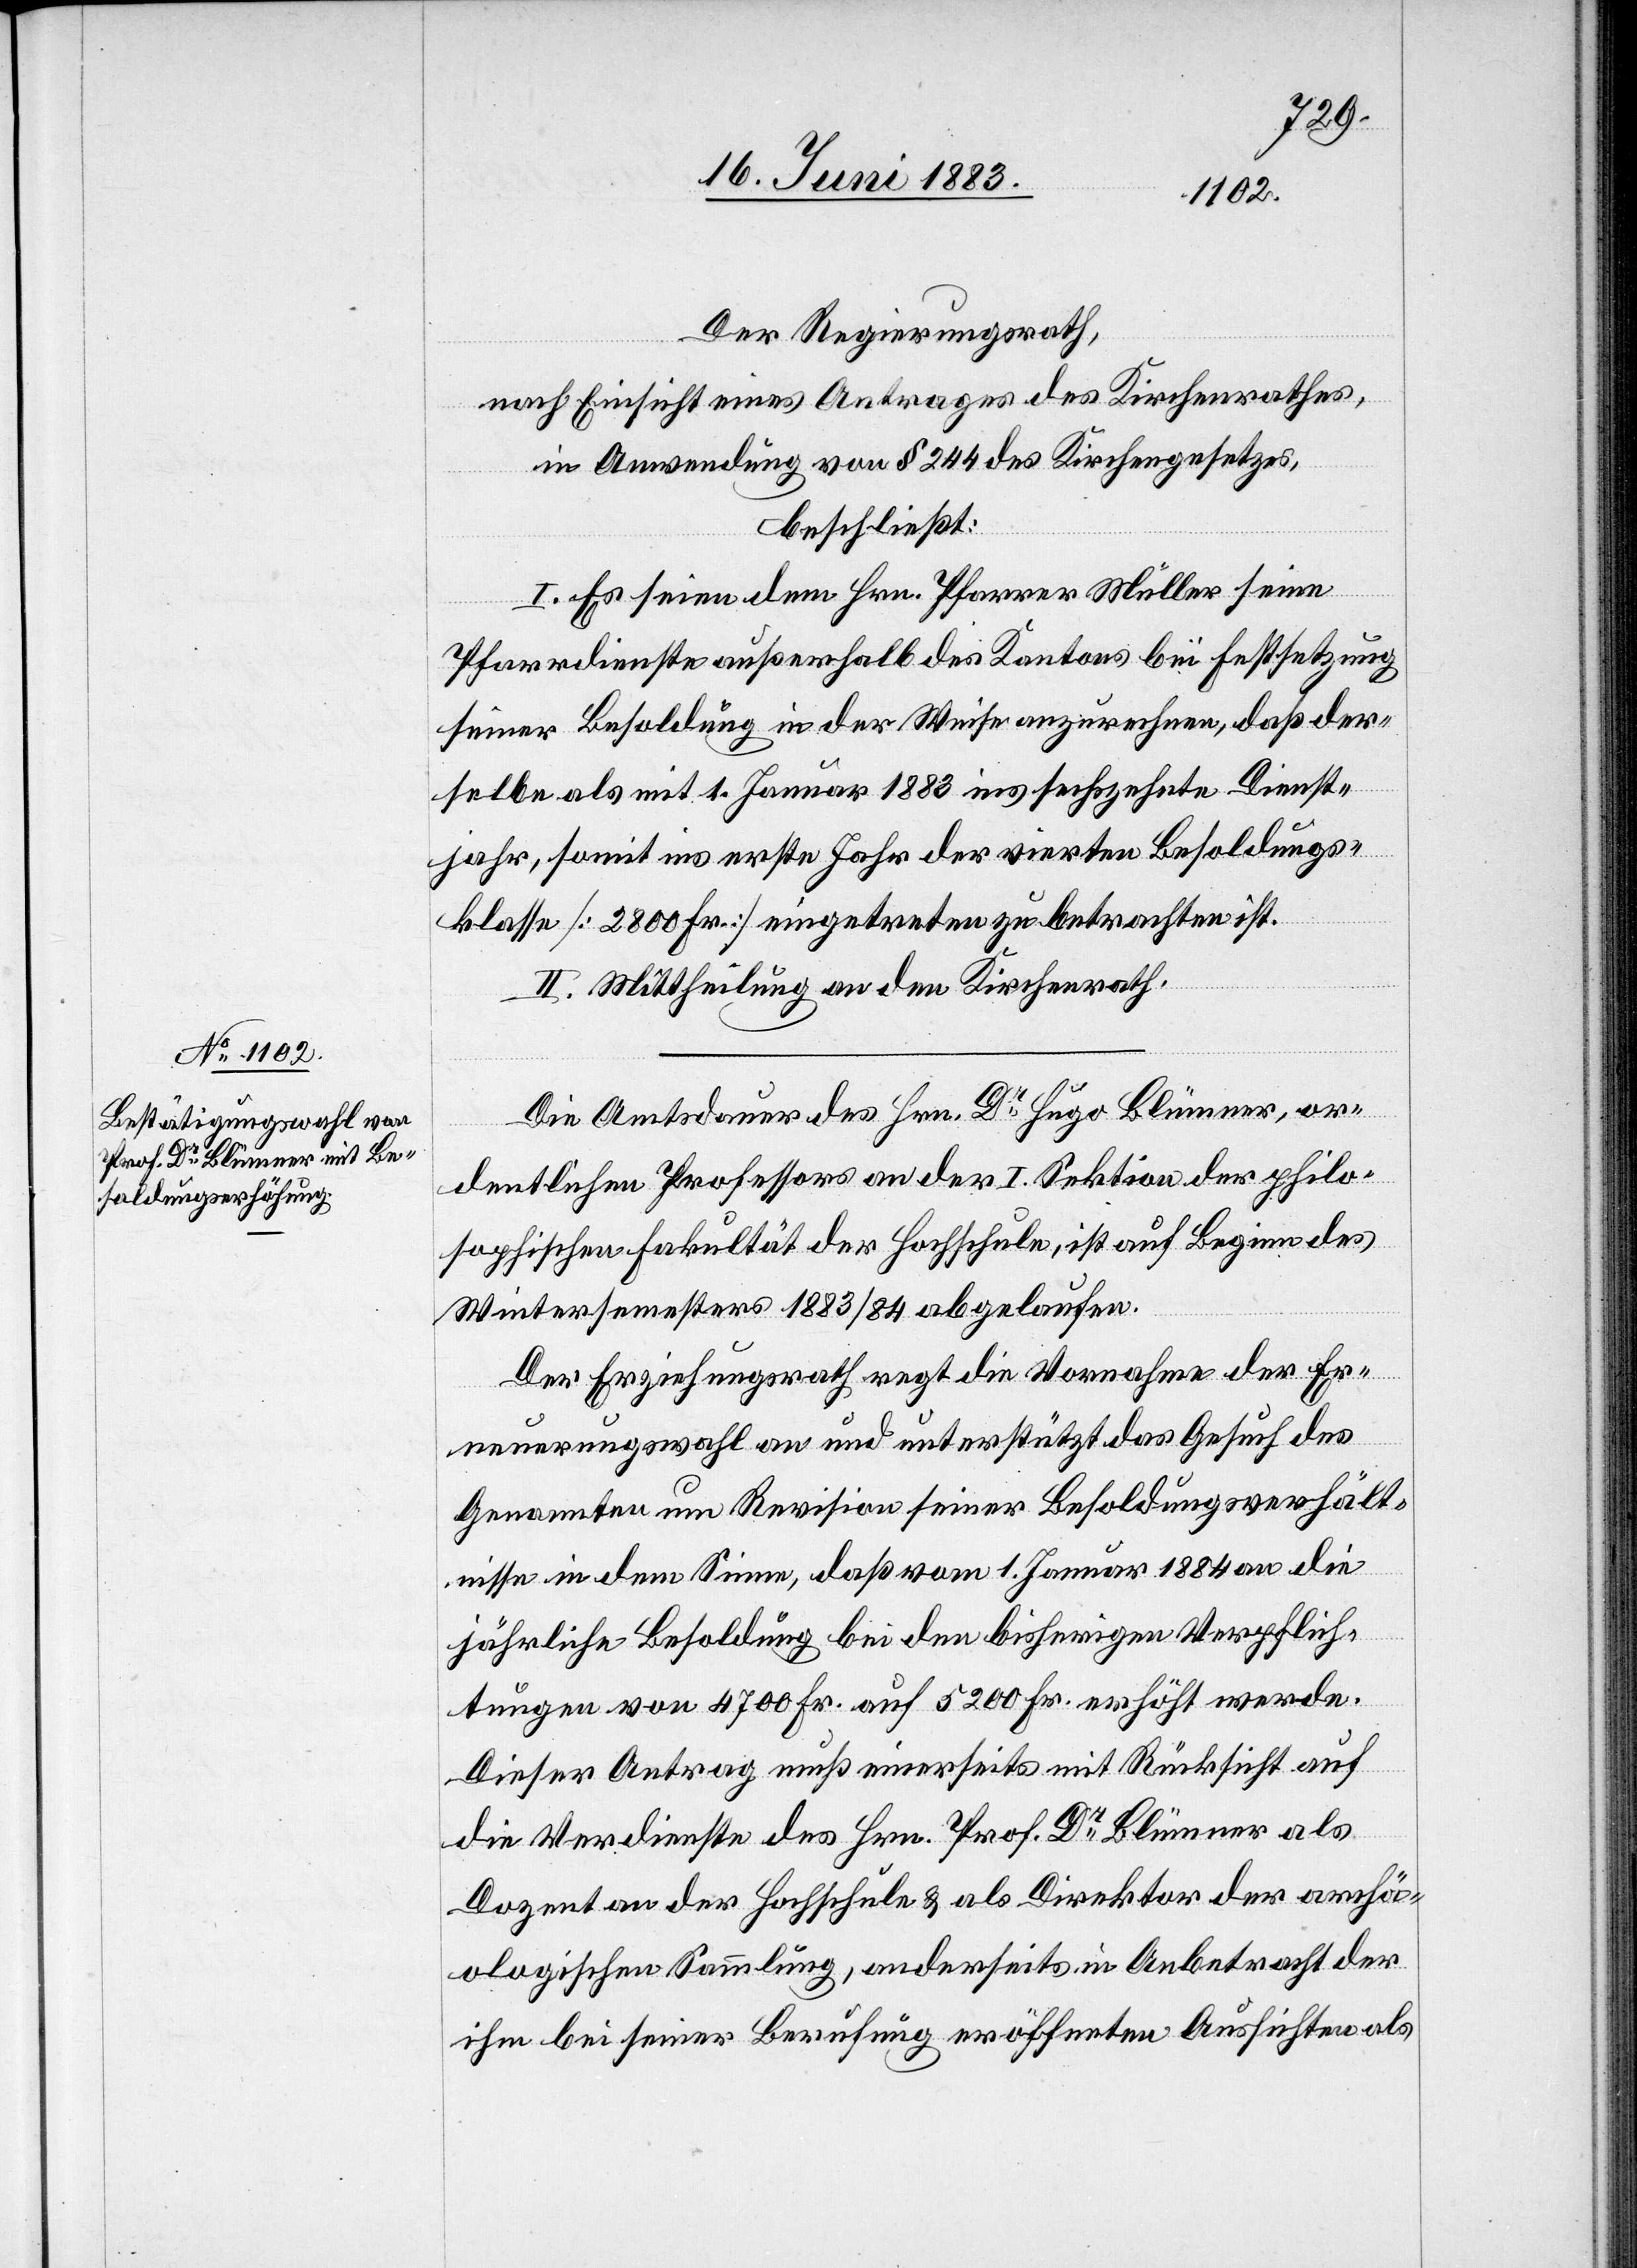
Der Regierungsrath,
nach Einsicht eines Antrages des Kirchenrathes,
in Anwendung von § 224 des Kirchengesetzes,
beschließt:
I. Es seien dem Hrn. Pfarrer Müller seine
Pfarrdienste außerhalb des Kantons bei Festsetzung
seiner Besoldung in der Weise anzurechnen, daß der¬
selbe als mit 1. Januar 1883 ins sechszehnte Dienst¬
jahr, somit ins erste Jahr der vierten Besoldungs¬
klasse [2800 Fr.] eingetreten zu betrachten ist.
II. Mittheilung an den Kirchenrath.
Die Amtsdauer des Hrn. Dr Hugo Blümer, or¬
dentlichen Professors an der I. Sektion der philo¬
sophischen Fakultät der Hochschule, ist auf Beginn des
Wintersemesters 1883/84 abgelaufen.
Der Erziehungsrath regt die Vornahme der Er¬
neuerungswahl an und unterstützt das Gesuch des
Genannten um Revision seiner Besoldungsverhält¬
nisse in dem Sinne, daß vom 1. Januar 1884 an die
jährliche Besoldung bei den bisherigen Verpflich¬
tungen von 4700 Fr. auf 5200 Fr. erhöht werde.
Dieser Antrag muß einerseits mit Rücksicht auf
die Verdienste des Hrn. Prof. Dr Blümer als
Dozent an der Hochschule & als Direktor der archä¬
ologischen Sammlung, anderseits in Anbetracht der
ihm bei seiner Berufung eröffneten Aussichten als